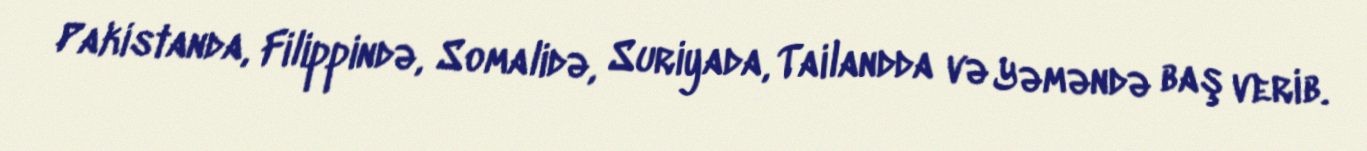
Pakistanda, Filippində, Somalidə, Suriyada, Tailandda və Yəməndə baş verib.